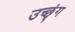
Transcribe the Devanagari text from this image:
उच्छृंग